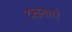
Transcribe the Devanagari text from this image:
दक्षताएँ